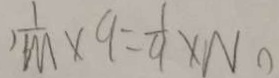
) \frac { 1 } { m } \times 9 = \frac { 1 } { 9 } \times N _ { 0 }